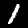
Label: 1